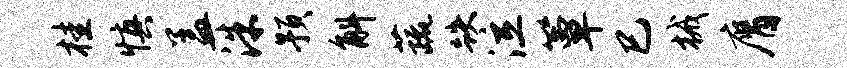
桂慎盖洙预斛蔬跌泣簟巳械膺